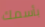
بأسمك